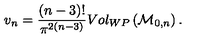
v _ { n } = \frac { ( n - 3 ) ! } { \pi ^ { 2 ( n - 3 ) } } V o l _ { W P } \left( { \cal M } _ { 0 , n } \right) .